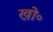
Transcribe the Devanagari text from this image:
खो॰